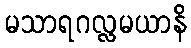
မသာရဂလ္လမယာနိ